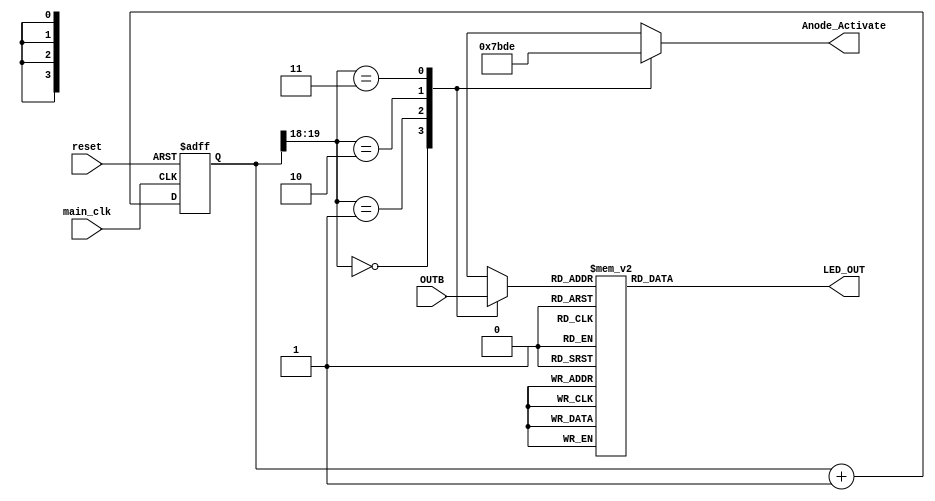
`timescale 1ns / 1ps
//////////////////////////////////////////////////////////////////////////////////
// Company: 
// Engineer: 
// 
// Design Name: 
// Module Name: Seven_Segment_Display
// Project Name: 
// Target Devices: 
// Tool Versions: 
// Description: 
// 
// Dependencies: 
// 
// Revision:
// Revision 0.01 - File Created
// Additional Comments:
// 
//////////////////////////////////////////////////////////////////////////////////


    module Seven_Segment_Display(main_clk, reset, OUTB, LED_OUT, Anode_Activate);
    reg [19:0] counter; // this is the counter which helps in updating the values of seven segmented lights, by taking the MSB two bits only into consideration then it will get updated for each one of the our 7-segmented lights one at a time based on the MSB two bits of this counter which will be changing for every __ s
    output reg [3:0]Anode_Activate; // in basys-3 anyone of the 7-segemented display has to be activated at one  time so we need to give signal 
    output reg [6:0]LED_OUT; // defining which lights has to be on 
    input [15:0]OUTB; // these are the MSB 16-bits of ALU output
    reg [3:0]LED_BCD; // to represent upto 15 numbers on every seven segmented display
    input main_clk,reset; // main_clk is of 100Mhz which will increment the counter
    wire [1:0] LED_activating_counter;  
    
    always @(posedge main_clk or posedge reset)
    begin 
     if(reset==1)
      counter <= 0;
     else
      counter <= counter + 1;
    end 
    assign LED_activating_counter = counter[19:18];
      
      
    always @(*)
    begin
        case(LED_activating_counter)
        2'b00: begin
            Anode_Activate <= 4'b0111; // activating 1st seven segmented display i.e., the MSB 4bits of OUT[31:16] (pnp junction diode so you will be giving low to the seven segment led light we want to display)
            LED_BCD <= OUTB[15:12];
             end
        2'b01: begin
            Anode_Activate <= 4'b1011; // activating 2nd seven segmented display
            LED_BCD <= OUTB[11:8];
                end
        2'b10: begin
            Anode_Activate <= 4'b1101; // activating 3rd seven segmented display
            LED_BCD <= OUTB[7:4];
              end
        2'b11: begin
            Anode_Activate <= 4'b1110; // activating 4th seven segmented display i.e., the LSB 4bits of OUT[31:16]
            LED_BCD <= OUTB[3:0];
               end   
        default:begin
                Anode_Activate <= 4'b0111; 
                LED_BCD <= OUTB[15:12];
                end
            endcase
        end
        
    always @(*)
    begin
    
     case(LED_BCD)
     4'b0000: LED_OUT <= 7'b0000001; // "0"  
     4'b0001: LED_OUT <= 7'b1001111; // "1" 
     4'b0010: LED_OUT <= 7'b0010010; // "2" 
     4'b0011: LED_OUT <= 7'b0000110; // "3" 
     4'b0100: LED_OUT <= 7'b1001100; // "4" 
     4'b0101: LED_OUT <= 7'b0100100; // "5" 
     4'b0110: LED_OUT <= 7'b0100000; // "6" 
     4'b0111: LED_OUT <= 7'b0001111; // "7" 
     4'b1000: LED_OUT <= 7'b0000000; // "8"  
     4'b1001: LED_OUT <= 7'b0000100; // "9" 
     4'b1010: LED_OUT <= 7'b0000010; // "A"
     4'b1011: LED_OUT <= 7'b1100000; // "B"
     4'b1100: LED_OUT <= 7'b0110001; // "C"
     4'b1101: LED_OUT <= 7'b1000010; // "D"
     4'b1110: LED_OUT <= 7'b0110000; // "E"
     4'b1111: LED_OUT <= 7'b0111000; // "F"
     default: begin
              LED_OUT <= 7'b0000001; // "0" 
              end
     endcase
     
    end 
    
endmodule